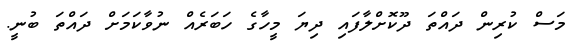
މަސް ކުރިން ދައްތަ ދޫކޮށްލާފައި ދިޔަ މީހާގެ ހަބަރެއް ނުވާކަމަށް ދައްތަ ބުނީ.